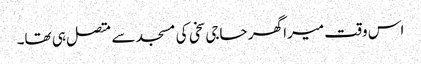
اس وقت میرا گھر حاجی سخی کی مسجد سے متصل ہی تھا۔